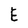
Character: E